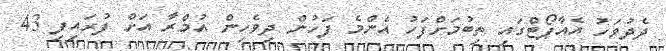
ދެދުވަހު އެއާޕޯޓްގައި ތިބުމަށްފަހު އެންމެ ފަހުން ދިވެހިން އުމްރާ އަށް ފުރައިފި 43